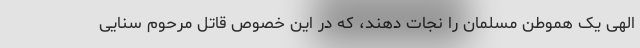
الهی یک هموطن مسلمان را نجات دهند، که در این خصوص قاتل مرحوم سنایی